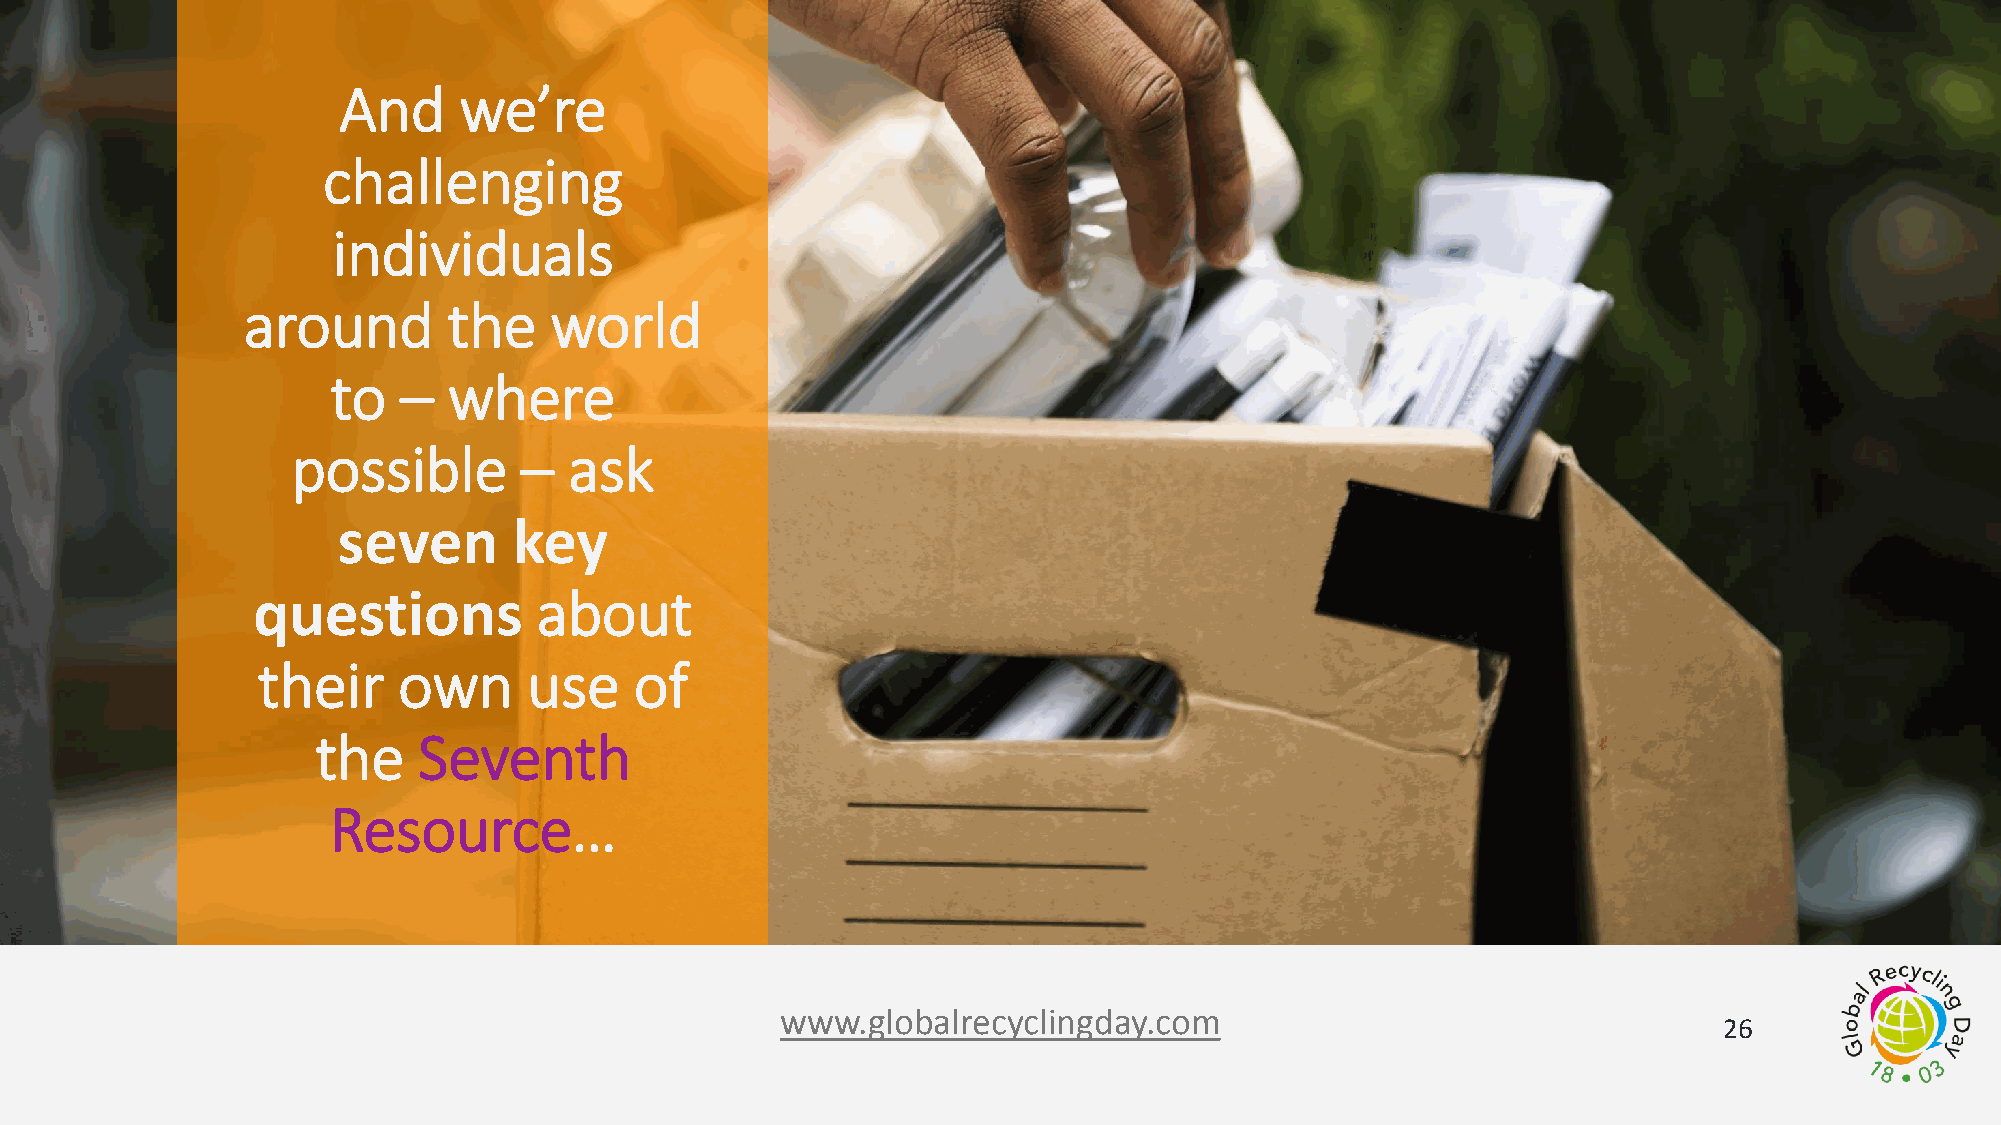
And     we’re
 challenging
 individuals
 around        the   world
 to   –  where
 possible       –   ask
 seven       key
 questions          about
 their    own      use    of
 the    Seventh
 Resource…
 www.globalrecyclingday.com
 26